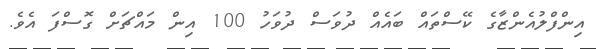
އިންފްލުއެންޒާގެ ކޭސްތައް ބައެއް ދުވަސް ދުވަހު 100 އިން މައްޗަށް ގޮސްފަ އެވެ.